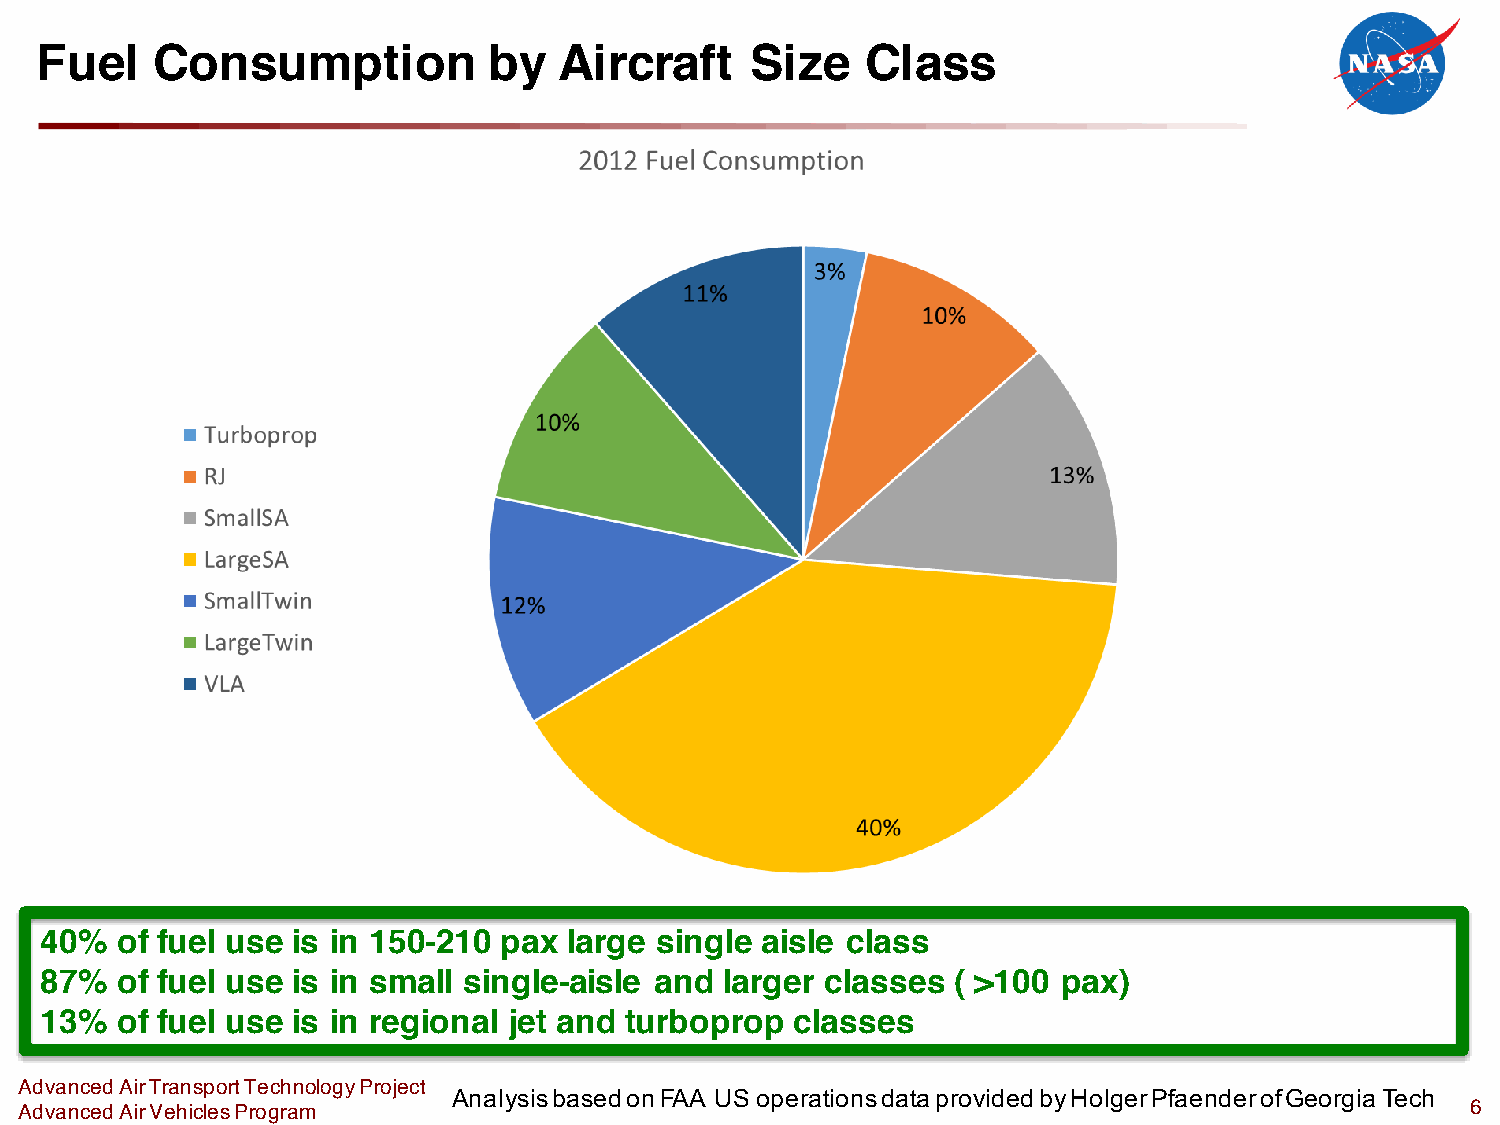
Fuel    Consumption           by   Aircraft     Size   Class
 40%  of fuel use is in 150-210 pax large single aisle class
 87%  of fuel use is in small single-aisle and larger classes ( >100 pax)
 13%  of fuel use is in regional jet and turboprop classes
 Advanced Air Transport Technology Project
 Analysis based on FAA US operations data provided by Holger Pfaender of Georgia Tech
 Advanced Air Vehicles Program                                                                   6